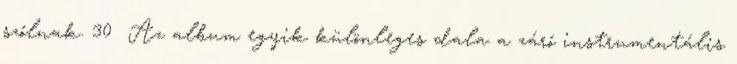
szólnak. 30 Az album egyik különleges dala a záró instrumentális